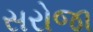
સરોજા